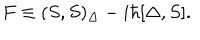
F \equiv ( S , S ) _ { \Delta } - i \hbar [ \Delta , S ] .